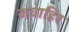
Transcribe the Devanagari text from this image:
जवाहिर